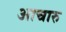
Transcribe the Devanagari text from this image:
आचारु